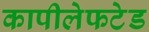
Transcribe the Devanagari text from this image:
कापीलेफटेड